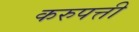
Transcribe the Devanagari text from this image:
करुपत्ती